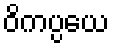
ဝိကပ္ပယေ